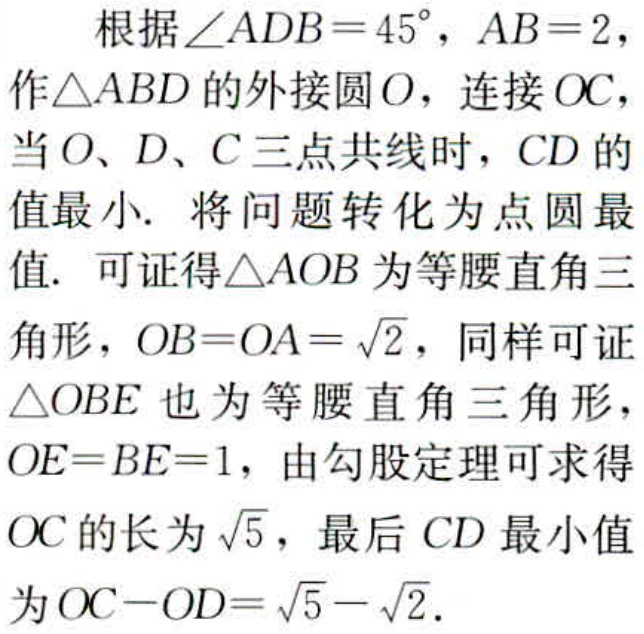
根据\(\angle ADB = 45^{\circ}\)，\(AB = 2\)，

作\(\triangle ABD\)的外接圆\(O\)，连接\(OC\)，

当\(O\)、\(D\)、\(C\)三点共线时，\(CD\)的

值最小. 将问题转化为点圆最

值. 可证得\(\triangle AOB\)为等腰直角三

角形，\(OB = OA=\sqrt{2}\)，同样可证

\(\triangle OBE\)也为等腰直角三角形，

\(OE = BE = 1\)，由勾股定理可求得

\(OC\)的长为\(\sqrt{5}\)，最后\(CD\)最小值

为\(OC - OD=\sqrt{5}-\sqrt{2}\).